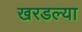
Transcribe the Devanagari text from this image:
खरडल्या